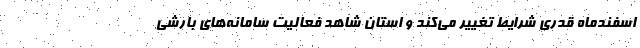
اسفندماه قدری شرایط تغییر می‌کند و استان شاهد فعالیت سامانه‌های بارشی